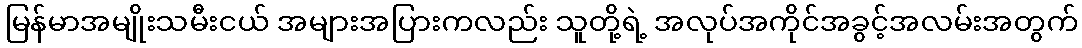
မြန်မာအမျိုးသမီးငယ် အများအပြားကလည်း သူတို့ရဲ့ အလုပ်အကိုင်အခွင့်အလမ်းအတွက်